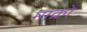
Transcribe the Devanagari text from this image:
माक्रो